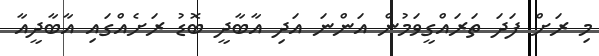
މި ރަށް ފަދަ ތަރައްގީވަމުން އަންނަ އަދި އާބާދީ ބޮޑު ރަށެއްގައި އާބާދީއާ